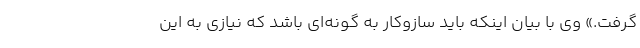
گرفت.» وی با بیان اینکه باید سازوکار به گونه‌ای باشد که نیازی به این